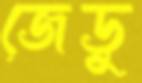
জেডু